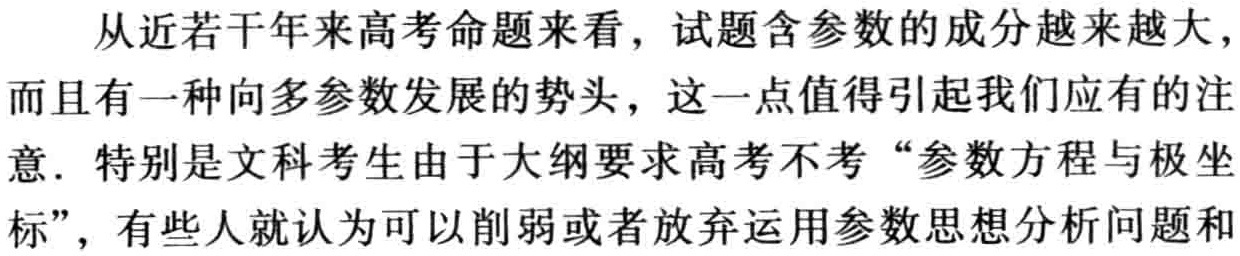
从近若干年来高考命题来看，试题含参数的成分越来越大，而且有一种向多参数发展的势头，这一点值得引起我们应有的注意. 特别是文科考生由于大纲要求高考不考“参数方程与极坐标”，有些人就认为可以削弱或者放弃运用参数思想分析问题和